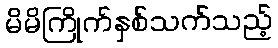
မိမိကြိုက်နှစ်သက်သည့်